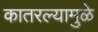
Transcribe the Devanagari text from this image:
कातरल्यामुळे